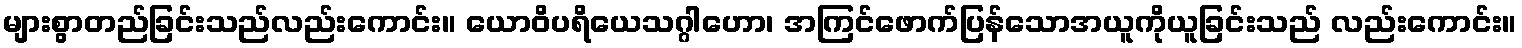
များစွာတည်ခြင်းသည်လည်းကောင်း။ ယောဝိပရိယေသဂ္ဂါဟော၊ အကြင်ဖောက်ပြန်သောအယူကိုယူခြင်းသည် လည်းကောင်း။